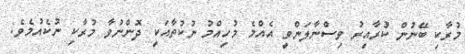
މުރާކި ބޭނުން ކުރާއިރު ވިސްނާލަންވީ އެއްމެ މުހިއްމު ނުކުތާއަކީ ދޮންނުވާ މުރާކި ނުކެއުމެވެ.